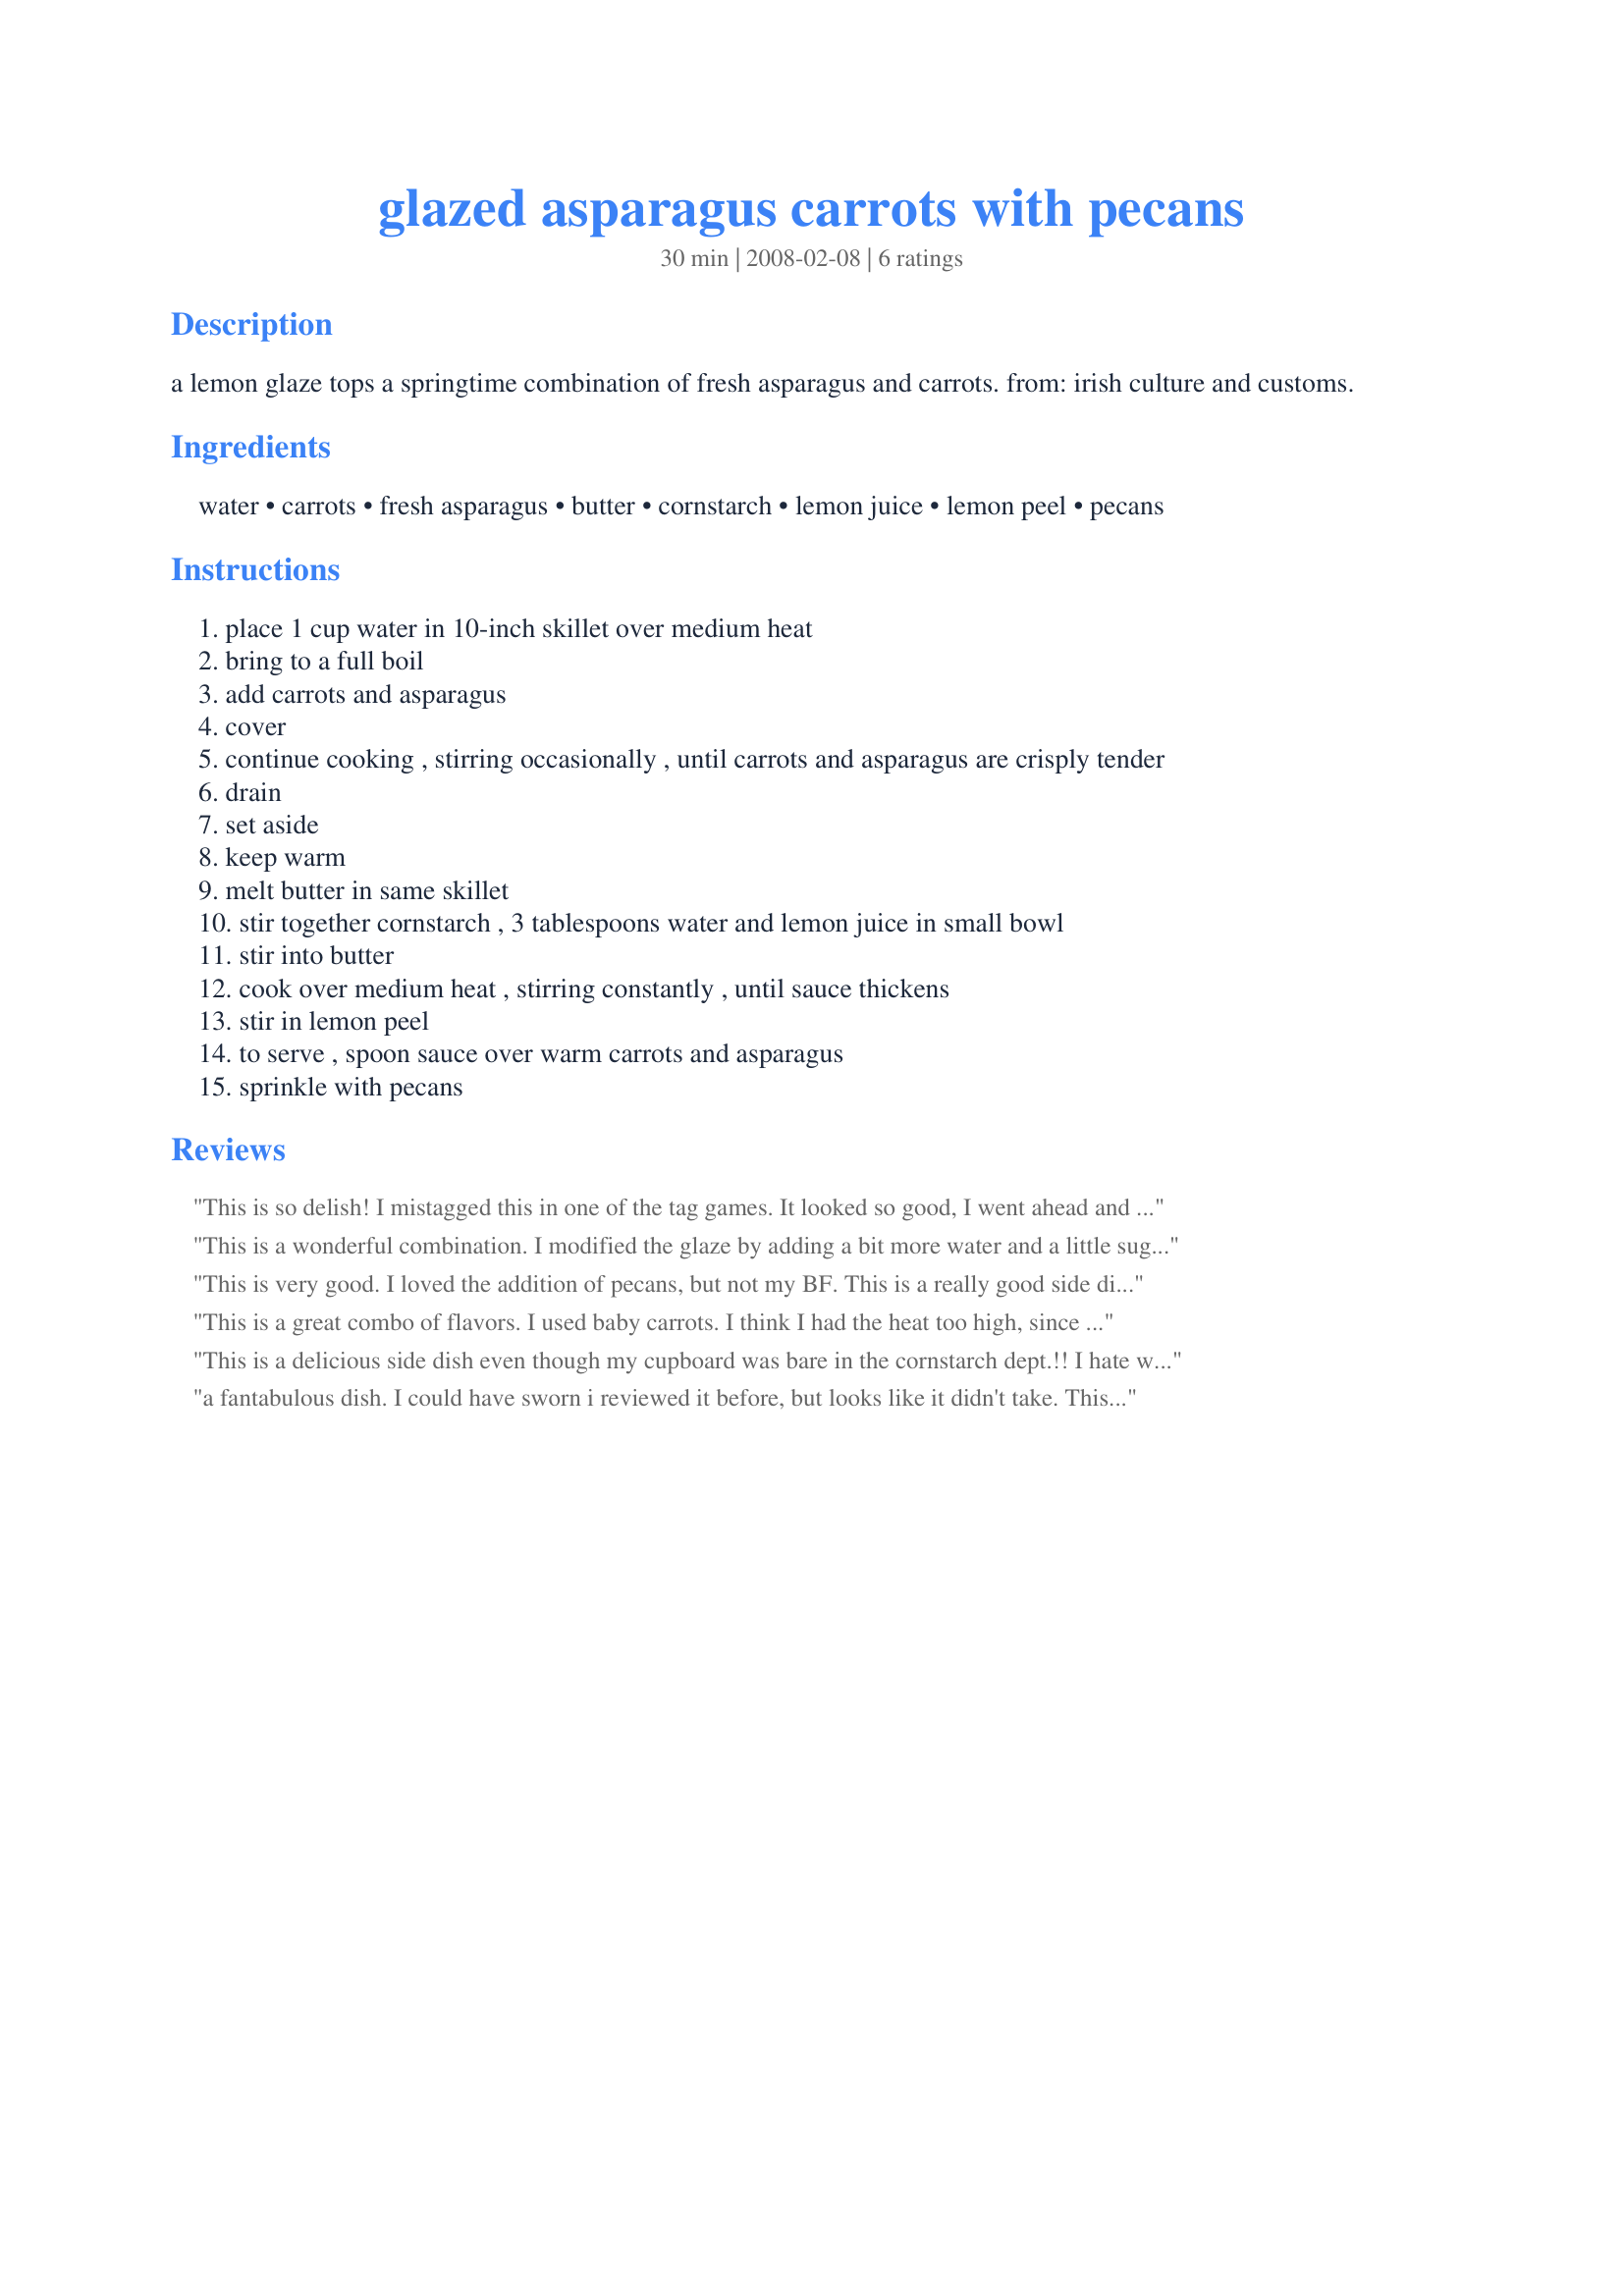
glazed asparagus carrots with pecans
Preparation time: 30 minutes

a lemon glaze tops a springtime combination of fresh asparagus and carrots. from: irish culture and customs.

Ingredients:
water, carrots, fresh asparagus, butter, cornstarch, lemon juice, lemon peel, pecans

Steps:
place 1 cup water in 10-inch skillet over medium heat
bring to a full boil
add carrots and asparagus
cover
continue cooking , stirring occasionally , until carrots and asparagus are crisply tender
drain
set aside
keep warm
melt butter in same skillet
stir together cornstarch , 3 tablespoons water and lemon juice in small bowl
stir into butter
cook over medium heat , stirring constantly , until sauce thickens
stir in lemon peel
to serve , spoon sauce over warm carrots and asparagus
sprinkle with pecans

Reviews:
This is so delish! I mistagged this in one of the tag games. It looked so good, I went ahead and made it, again, and last night, again! It's so simple, so quick to make, and again, delish! Thanks Annacia for a great recipe and for sharing.
This is a wonderful combination. I modified the glaze by adding a bit more water and a little sugar to cut the tartness, and I put more toasted pecans on top, but the fundamental character of this recipe is wonderful. I recently prepared a casserole dinner for 20, and at least half of them went for seconds of this dish
This is very good. I loved the addition of pecans, but not my BF. This is a really good side dish. Thanks Annacia :) Will do that again for sure. Made for 123 hit wonders.
This is a great combo of flavors. I used baby carrots. I think I had the heat too high, since the sauce thickened up too fast and was lumpy, but tasty!
This is a delicious side dish even though my cupboard was bare in the cornstarch dept.!! I hate when that happens but the lemony butter was great just the same. Pecans don't work here due to allergy but sliced almonds are always a good substitute. Next time I make this (and there will be many next times) I will be sure to have some cornstarch on hand. Thanks for sharing your super fine recipe!
a fantabulous dish. I could have sworn i reviewed it before, but looks like it didn't take. This was so good that i mopped up the glaze with bread. Better than hollondaise :)
